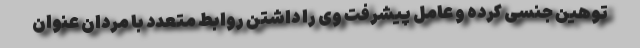
توهین جنسی کرده و عامل پیشرفت وی را داشتن روابط متعدد با مردان عنوان